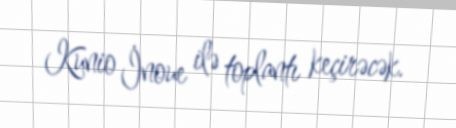
Kunio İnoue ilə toplantı keçirəcək.